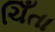
ચિઁતા